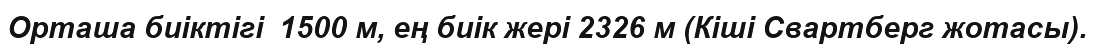
Орташа биіктігі  1500 м, ең биік жері 2326 м (Кіші Свартберг жотасы).